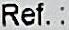
REF.: